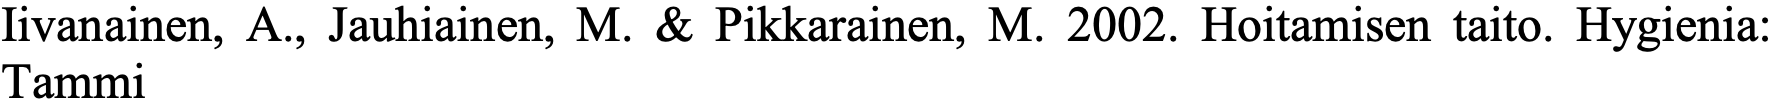
Iivanainen, A., Jauhiainen, M. & Pikkarainen, M. 2002. Hoitamisen taito. Hygienia: Tammi